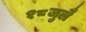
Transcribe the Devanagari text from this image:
१८जुलै